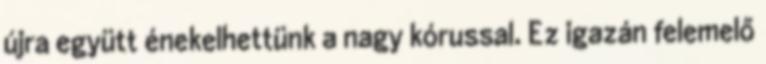
újra együtt énekelhettünk a nagy kórussal. Ez igazán felemelő